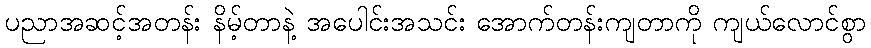
ပညာအဆင့်အတန်း နိမ့်တာနဲ့ အပေါင်းအသင်း အောက်တန်းကျတာကို ကျယ်လောင်စွာ